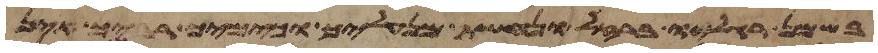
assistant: בשמן רגליו ברזל ונחשת מנעליך וכימיך רביך אין